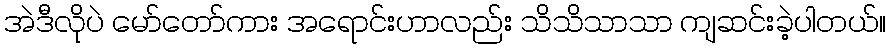
အဲဒီလိုပဲ မော်တော်ကား အရောင်းဟာလည်း သိသိသာသာ ကျဆင်းခဲ့ပါတယ်။